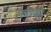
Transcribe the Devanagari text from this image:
सालकी